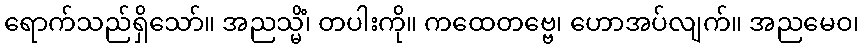
ရောက်သည်ရှိသော်။ အညသ္မိံ၊ တပါးကို။ ကထေတဗ္ဗေ၊ ဟောအပ်လျက်။ အညမေဝ၊